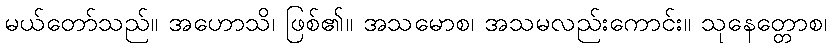
မယ်တော်သည်။ အဟောသိ၊ ဖြစ်၏။ အသမောစ၊ အသမလည်းကောင်း။ သုနေတ္တောစ၊